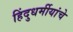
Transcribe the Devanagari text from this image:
हिंदुधर्मीयांचे